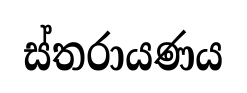
ස්තරායණය